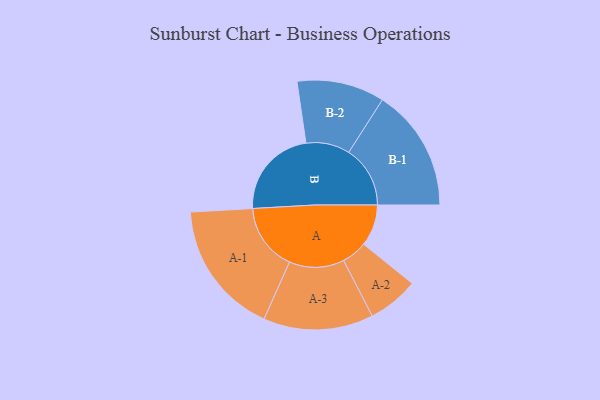
{"axis": {"x": "Segment", "y": "Value"}, "legend": ["", "A", "B"], "data": [{"x": "A", "y": 168, "type": ""}, {"x": "B", "y": 367, "type": ""}, {"x": "A-1", "y": 271, "type": "A"}, {"x": "A-2", "y": 103, "type": "A"}, {"x": "A-3", "y": 222, "type": "A"}, {"x": "B-1", "y": 248, "type": "B"}, {"x": "B-2", "y": 177, "type": "B"}]}